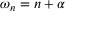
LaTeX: \omega _ { n } = n + \alpha